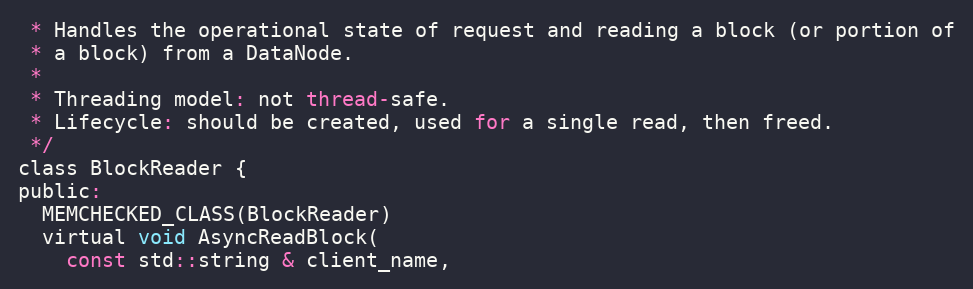
Language: C
 * Handles the operational state of request and reading a block (or portion of
 * a block) from a DataNode.
 *
 * Threading model: not thread-safe.
 * Lifecycle: should be created, used for a single read, then freed.
 */
class BlockReader {
public:
  MEMCHECKED_CLASS(BlockReader)
  virtual void AsyncReadBlock(
    const std::string & client_name,